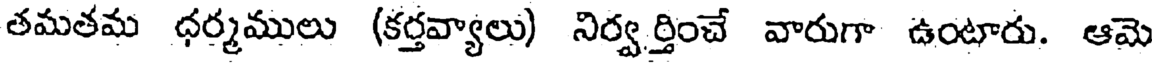
తమతమ ధర్మములు (కర్తవ్యాలు) నిర్వర్తించే వారుగా ఉంటారు. ఆమె